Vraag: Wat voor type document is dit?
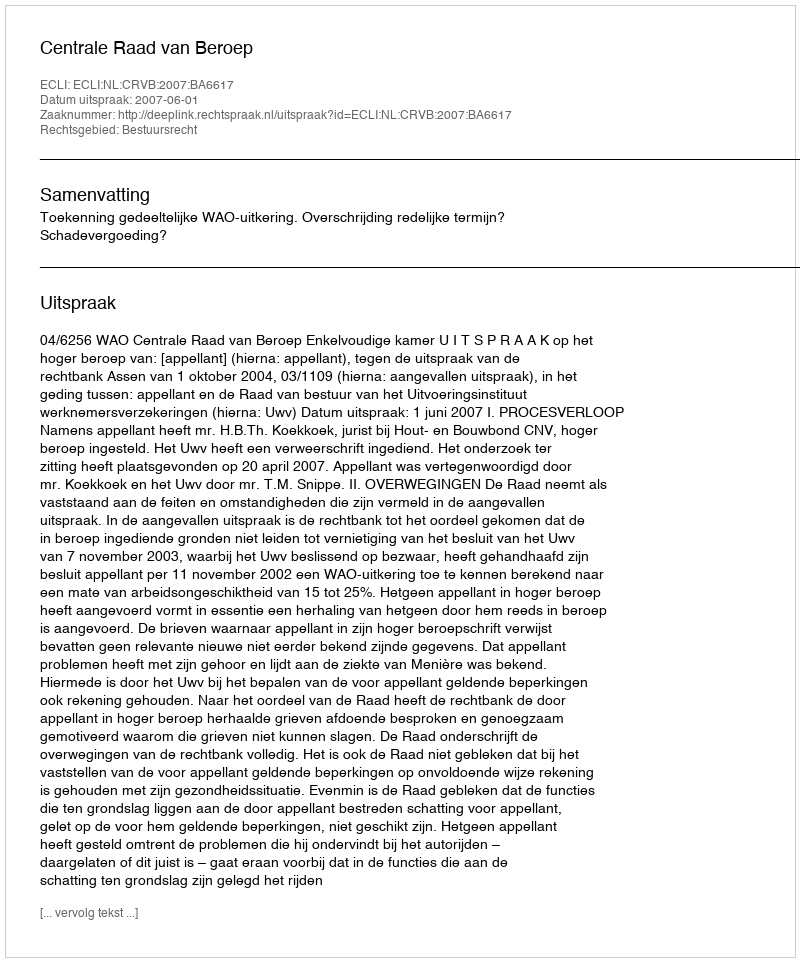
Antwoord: Uitspraak